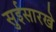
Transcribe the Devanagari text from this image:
सुईसारखे